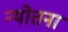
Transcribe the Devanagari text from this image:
न्योतना